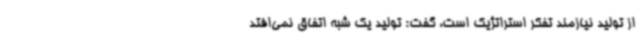
از تولید نیازمند تفکر استراتژیک است، گفت: تولید یک شبه اتفاق نمی‌افتد